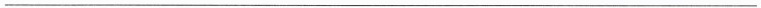
___